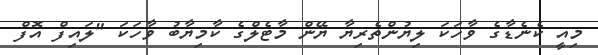
މިއީ ކެނެޑާގެ ވާހަކަ ލިޔުންތެރިޔާ ޔޭން މާޓެލްގެ ކާމިޔާބު ވާހަކަ "ލައިފް އޮފް